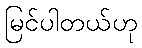
မြင်ပါတယ်ဟု